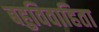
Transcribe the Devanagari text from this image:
बहुविवाहिता